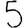
Digit: 5